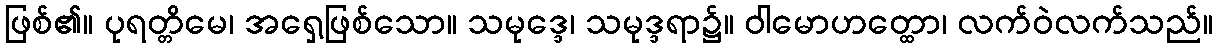
ဖြစ်၏။ ပုရတ္တိမေ၊ အရှေ့ဖြစ်သော။ သမုဒ္ဒေ၊ သမုဒ္ဒရာ၌။ ဝါမောဟတ္ထော၊ လက်ဝဲလက်သည်။